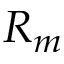
R _ { m }